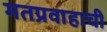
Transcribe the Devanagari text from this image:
मतप्रवाहाची